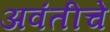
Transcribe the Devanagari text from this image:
अवंतीचे